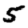
Digit: 5